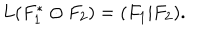
LaTeX: L ( F _ { 1 } ^ { * } \odot F _ { 2 } ) = ( F _ { 1 } | F _ { 2 } ) .